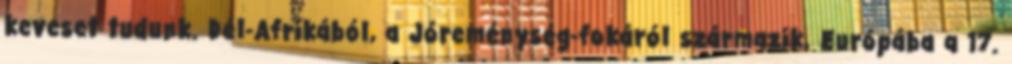
keveset tudunk. Dél-Afrikából, a Jóreménység-fokáról származik, Európába a 17.